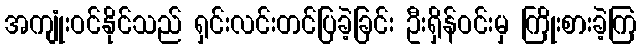
အကျုံးဝင်နိုင်သည် ရှင်းလင်းတင်ပြခဲ့ခြင်း ဦးရှိန်ဝင်းမှ ကြိုးစားခဲ့ကြ